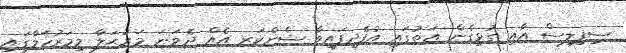
ސިފިލިސް އާއި ގުޅިގެން އަތުގައި އުފެދިފައިވާ ޝެންކަރ އެއް ދެވަނަ މަރުޙަލާ މިމަރުހަލާގައި